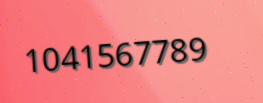
1041567789